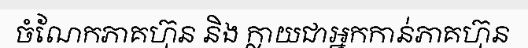
ចំណែកភាគហ៊ុន និង ក្លាយជាអ្នកកាន់ភាគហ៊ុន